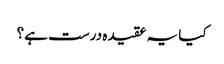
کیا یہ عقیدہ درست ہے؟